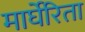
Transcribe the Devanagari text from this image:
मार्घेरिता